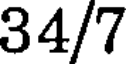
34/7